Scottish Leaving Certificate Examination, 1961
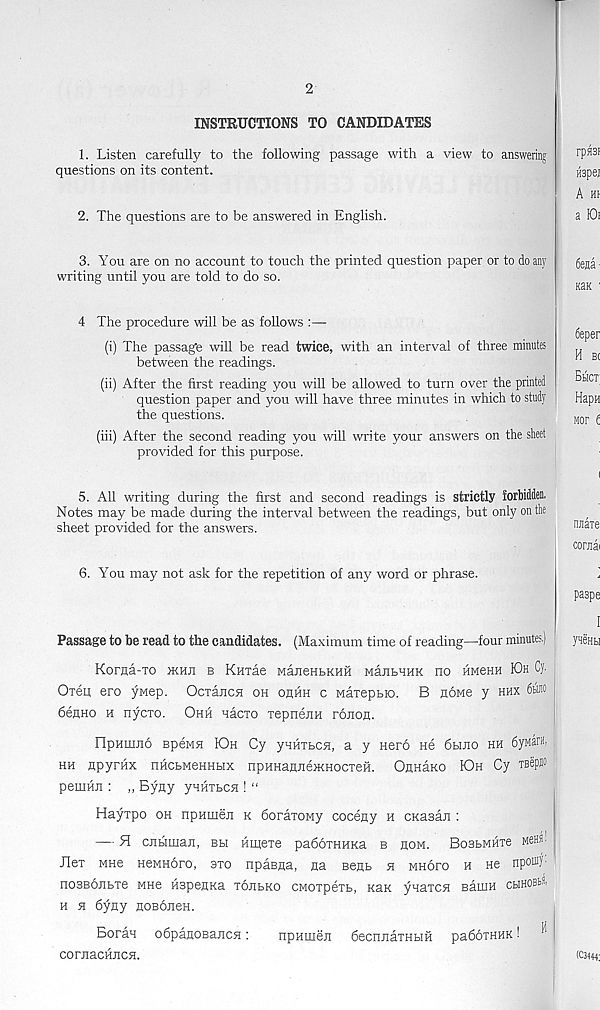
2
INSTRUCTIONS TO CANDIDATES
1. Listen carefully to the following passage with a view to answering
questions on its content.
2. The questions are to be answered in English.
3. You are on no account to touch the printed question paper or to do any
writing until you are told to do so.
4 The procedure will be as follows :—
(i) The passage will be read twice, with an interval of three minutes
between the readings.
(ii) After the first reading you will be allowed to turn over the printed
question paper and you will have three minutes in which to study
the questions.
(iii) After the second reading you will write your answers on the sheet
provided for this purpose.
5. All writing during the first and second readings is strictly forbidden.
Notes may be made during the interval between the readings, but only on the
sheet provided for the answers.
6. You may not ask for the repetition of any word or phrase.
Passage to be read to the candidates. (Maximum time of reading—four minutes.)
Korna-xo >khii b KHxae ManeHbKHH MajituKK no HMeHH K3h Cy.
Oxen ero yMep. Ocxancn oh ohhh c Maxepbso. B noMe y hhx 6t®
6enHO n nycxo. Ohh nacxo xepnejiH ronon.
npumno Bpewn KDh Cy ynHXbcn, a y Herd ne 6hjio hh dyMarn,
hh npyrhx nHCbweHHHx npHHajyiejKHocxeH. OnnaKo IOh Cy Tsepiio
pemwi: „ Byny yHHXbCH ! “
Hayxpo oh npHineji k doraxoMy coceny h CKasan :
— H cjibiinan, bm hmexe paddxHHKa b now. BoabMiixe mch).
Ilex MHe HeMHoro, axo npasna, na Benb h mhofo h He nponty'
nosBonbxe wne Hspenica xoubko CMOxpexb, kslk ynaxcn BaniH cbiHOBfc^
h h 6yny hobojich.
Boran odpanoBancn:
npHinen decnnaxHHH padoxHHK!
cornacHncH.